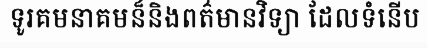
ទូរគមនាគមន៏និងពត៌មានវិទ្យា ដែលទំនើប